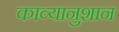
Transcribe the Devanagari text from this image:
काव्यानुशान